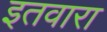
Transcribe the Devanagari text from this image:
इतवारा